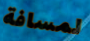
لمسافة